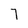
Character: 7